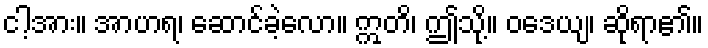
ငါ့အား။ အာဟရ၊ ဆောင်ခဲ့လော။ ဣတိ၊ ဤသို့။ ဝဒေယျ၊ ဆိုရာ၏။